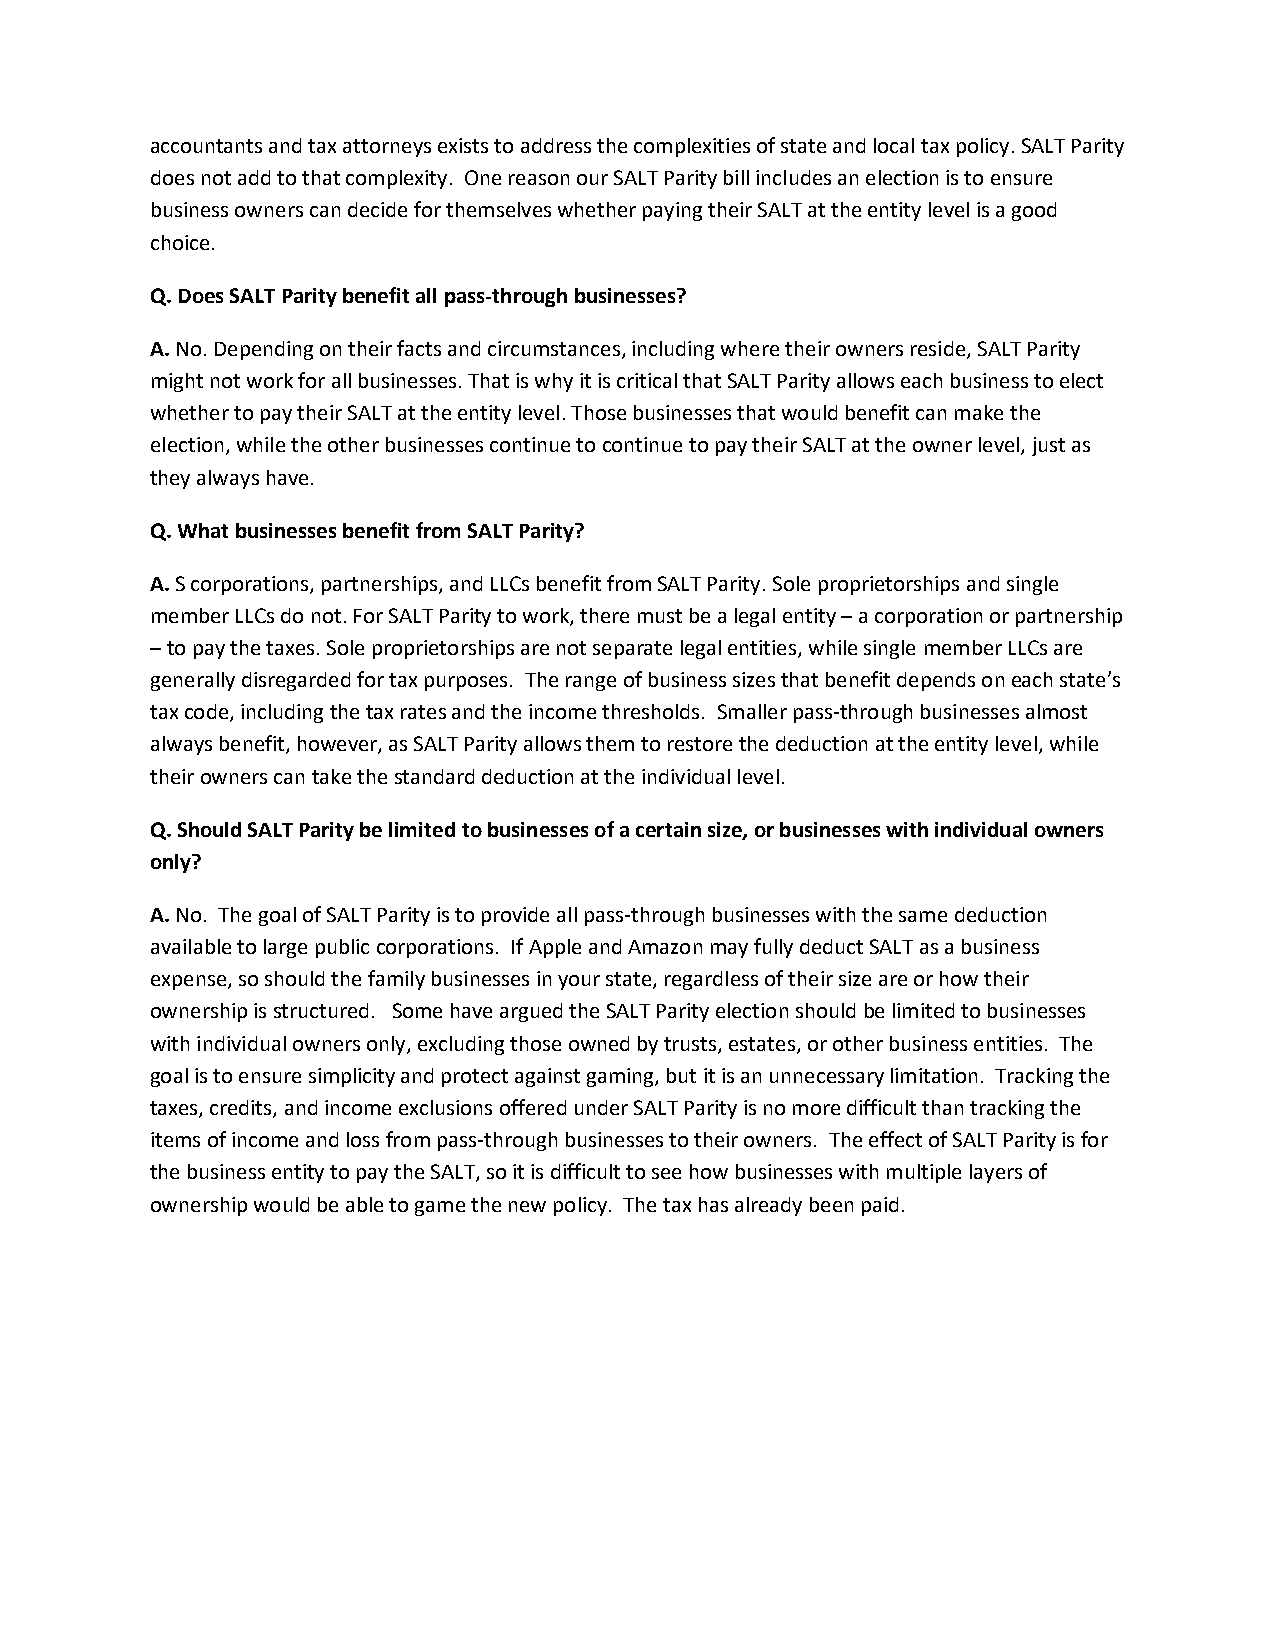
accountants and tax attorneys exists to address the complexities of state and local tax policy. SALT Parity
 does not add to that complexity. One reason our SALT Parity bill includes an election is to ensure
 business owners can decide for themselves whether paying their SALT at the entity level is a good
 choice.
 Q. Does SALT Parity benefit all pass-through businesses?
 A. No. Depending on their facts and circumstances, including where their owners reside, SALT Parity
 might not work for all businesses. That is why it is critical that SALT Parity allows each business to elect
 whether to pay their SALT at the entity level. Those businesses that would benefit can make the
 election, while the other businesses continue to continue to pay their SALT at the owner level, just as
 they always have.
 Q. What businesses benefit from SALT Parity?
 A. S corporations, partnerships, and LLCs benefit from SALT Parity. Sole proprietorships and single
 member LLCs do not. For SALT Parity to work, there must be a legal entity – a corporation or partnership
 – to pay the taxes. Sole proprietorships are not separate legal entities, while single member LLCs are
 generally disregarded for tax purposes. The range of business sizes that benefit depends on each state’s
 tax code, including the tax rates and the income thresholds. Smaller pass-through businesses almost
 always benefit, however, as SALT Parity allows them to restore the deduction at the entity level, while
 their owners can take the standard deduction at the individual level.
 Q. Should SALT Parity be limited to businesses of a certain size, or businesses with individual owners
 only?
 A. No. The goal of SALT Parity is to provide all pass-through businesses with the same deduction
 available to large public corporations. If Apple and Amazon may fully deduct SALT as a business
 expense, so should the family businesses in your state, regardless of their size are or how their
 ownership is structured. Some have argued the SALT Parity election should be limited to businesses
 with individual owners only, excluding those owned by trusts, estates, or other business entities. The
 goal is to ensure simplicity and protect against gaming, but it is an unnecessary limitation. Tracking the
 taxes, credits, and income exclusions offered under SALT Parity is no more difficult than tracking the
 items of income and loss from pass-through businesses to their owners. The effect of SALT Parity is for
 the business entity to pay the SALT, so it is difficult to see how businesses with multiple layers of
 ownership would be able to game the new policy. The tax has already been paid.